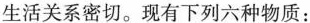
生活关系密切。现有下列六种物质：